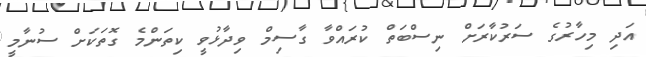
އަދި މިހާރުގެ ސަރުކާރަށް ނިސްބަތް ކުރައްވާ ގާސިމް ވިދާޅުވީ ކިތަންމެ ގޮތަކަށް ސުނާމީ